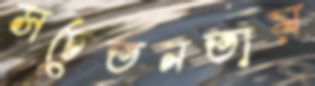
সচেতনতায়